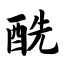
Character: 酰